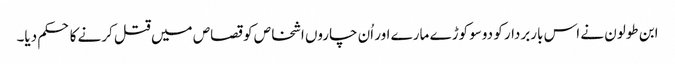
ابن طولون نے اس باربردار کو دوسو کوڑے مارے اور اُن چاروں اشخاص کو قصاص میں قتل کرنے کا حکم دیا۔